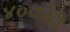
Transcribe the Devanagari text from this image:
४०कोटी